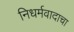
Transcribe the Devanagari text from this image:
निधर्मवादाचा